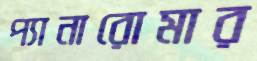
প্যানারোমার